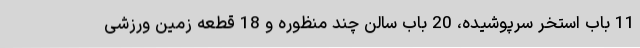
11 باب استخر سرپوشیده، 20 باب سالن چند منظوره و 18 قطعه زمین ورزشی